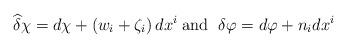
LaTeX: \begin{align*}\widehat{\delta } \chi=d \chi +\left( w_{i}+\zeta _{i}\right) dx^{i} \;\mbox{and } \; \delta \varphi =d \varphi +n_{i}dx^{i} \end{align*}